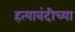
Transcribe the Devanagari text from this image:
हत्याबंदीच्या